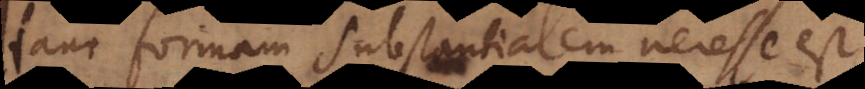
Hanc formam substantialem necesse est